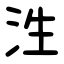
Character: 泩